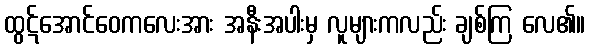
ထွဋ်အောင်ဝေကလေးအား အနီးအပါးမှ လူများကလည်း ချစ်ကြ လေ၏။